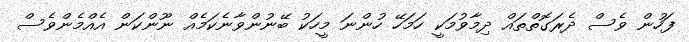
ފަހުން ވެސް ދެރަގޮތްތައް ދިމާވުމަކީ ހަމަހޭ ހުންނަ މީހަކު ބޭނުންވާނެކަމެއް ނޫންކަން އެއްމެންވެސް